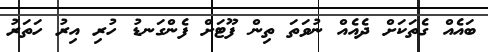
ބައެއް ގެތަކަށް ދެއެއް ނުވަތަ ތިން ފޫޓަށް ފެންގަނޑު ހުރި އިރު ހަތަރު